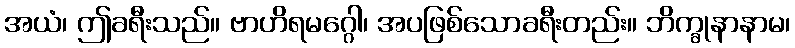
အယံ၊ ဤခရီးသည်။ ဗာဟိရမဂ္ဂေါ၊ အပဖြစ်သောခရီးတည်း။ ဘိက္ခုနာနာမ၊